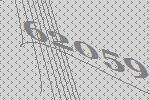
62059